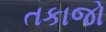
તકાજો